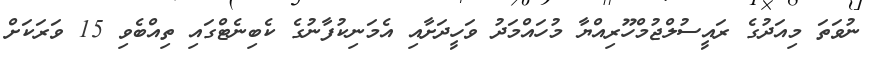
ނުވަތަ މިއަދުގެ ރައީސުލްޖުމްހޫރިއްޔާ މުހައްމަދު ވަހީދަށާއި އެމަނިކުފާނުގެ ކެބިނެޓްގައި ތިއްބެވި 15 ވަރަކަށް